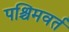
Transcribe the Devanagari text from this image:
पश्चिमवर्त